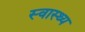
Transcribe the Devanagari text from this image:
स्‍वास्थ्य